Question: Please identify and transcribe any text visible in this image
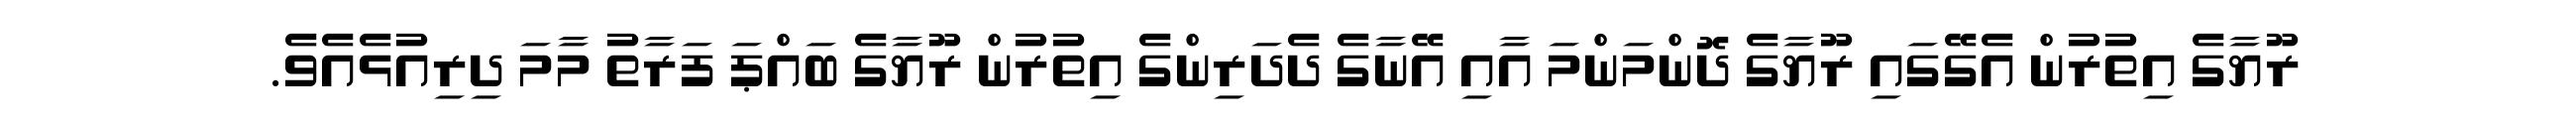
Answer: ރޫޔާގެ އިތުރުން އެގޭގައި ރޫޔާގެ ދޮންމަންމަ އާއި އޭނާގެ ދެދަރިންގެ އިތުރުން ރޫޔާގެ ބައްޕަ ފަރާތު މާމަ ދިރިއުޅެއެވެ.